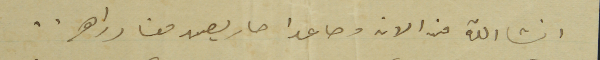
انشالله من الان وصاعدا صار يصير معنا دراهم..